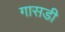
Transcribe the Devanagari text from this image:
गासडी